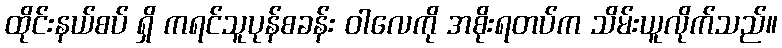
ထိုင်းနယ်စပ် ရှိ ကရင်သူပုန်စခန်း ဝါလေကို အစိုးရတပ်က သိမ်းယူလိုက်သည်။